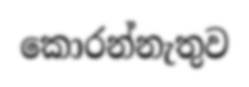
කොරන්නැතුව